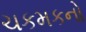
ચકમકનો